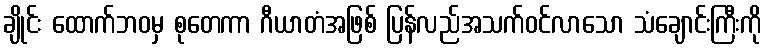
ချိုင်း ထောက်ဘဝမှ စုတေကာ ဂီယာတံအဖြစ် ပြန်လည်အသက်ဝင်လာသော သံချောင်းကြီးကို